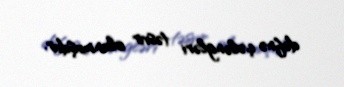
dəfnə çələngləri təsvir olunmuşdur.